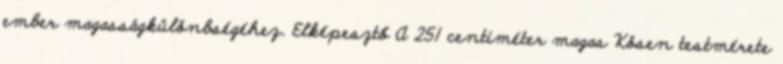
ember magasságkülönbségéhez. Elképesztő A 251 centiméter magas Kösen testmérete